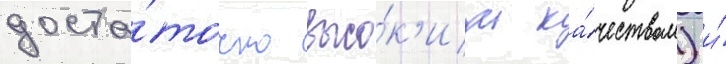
доста́точно высо́к'им ка́чеством) и́